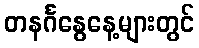
တနင်္ဂနွေနေ့များတွင်